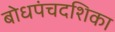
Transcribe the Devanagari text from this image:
बोधपंचदशिका